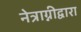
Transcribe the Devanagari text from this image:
नेत्राग्नीद्वारा